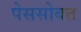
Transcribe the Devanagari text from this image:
पेससोबत